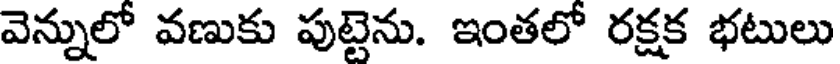
వెన్నులో వణుకు పుట్టెను. ఇంతలో రక్షక భటులు